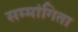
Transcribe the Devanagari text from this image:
सम्मांगिता